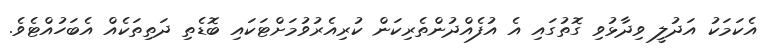
އެކަމަކު އަދުލީ ވިދާޅުވި ގޮތުގައި އެ އުފެއްދުންތެރިކަން ކުރިއެރުވުމަށްޓަކައި ބޮޑެތި ދަތިތަކެއް އެބަހުއްޓެވެ.